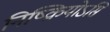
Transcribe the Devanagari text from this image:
निष्क्रियोऽसि